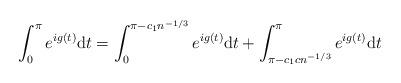
LaTeX: \begin{align*}\int_{0}^{\pi}e^{ig(t)}{\rm d}t=\int_{0}^{\pi-c_1n^{-1/3}}e^{ig(t)}{\rm d}t+\int_{\pi-c_1cn^{-1/3}}^{\pi}e^{ig(t)}{\rm d}t\end{align*}